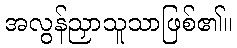
အလွန်ညှာသူသာဖြစ်၏။